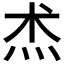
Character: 𤇍